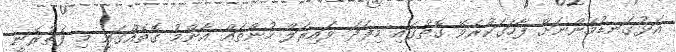
އަޅުގަނޑުމެންނަށް ފާހަގަކުރެވޭ ގޮތުގައި މިފަދަ ވައިރަލް ހުންތައް އާންމު ގޮތެއްގައި މި ފެތުރެނީ